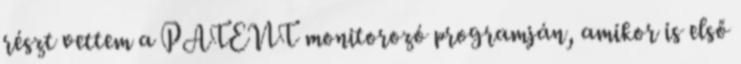
részt vettem a PATENT monitorozó programján, amikor is első